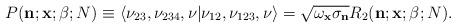
LaTeX: \begin{gather*}P({\bf n}; {\bf x}; {\bf \beta};N)\equiv \langle \nu_{23}, \nu_{234}, \nu|\nu_{12}, \nu_{123}, \nu\rangle=\sqrt{\omega_{{\bf x}} \sigma_{{\bf n}}}R_2({\bf n}; {\bf x}; {\bf \beta};N).\end{gather*}